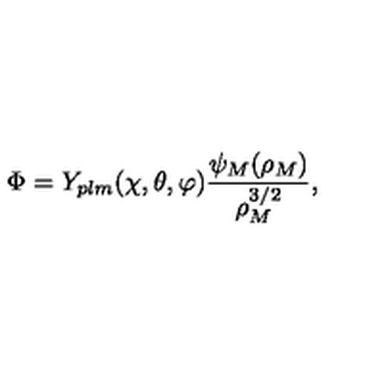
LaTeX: \Phi = Y _ { p l m } ( \chi , \theta , \varphi ) \frac { \psi _ { M } ( \rho _ { M } ) } { \rho _ { M } ^ { 3 / 2 } } ,